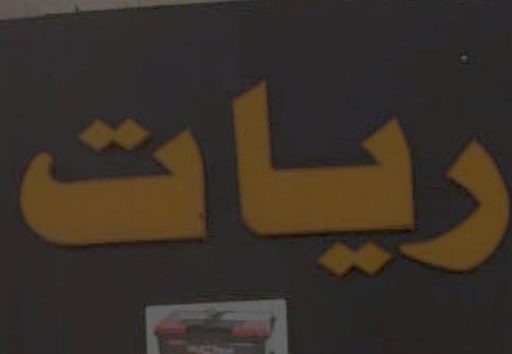
ريات